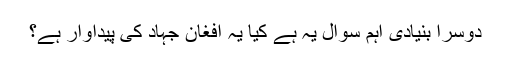
دوسرا بنیادی اہم سوال یہ ہے کیا یہ افغان جہاد کی پیداوار ہے؟